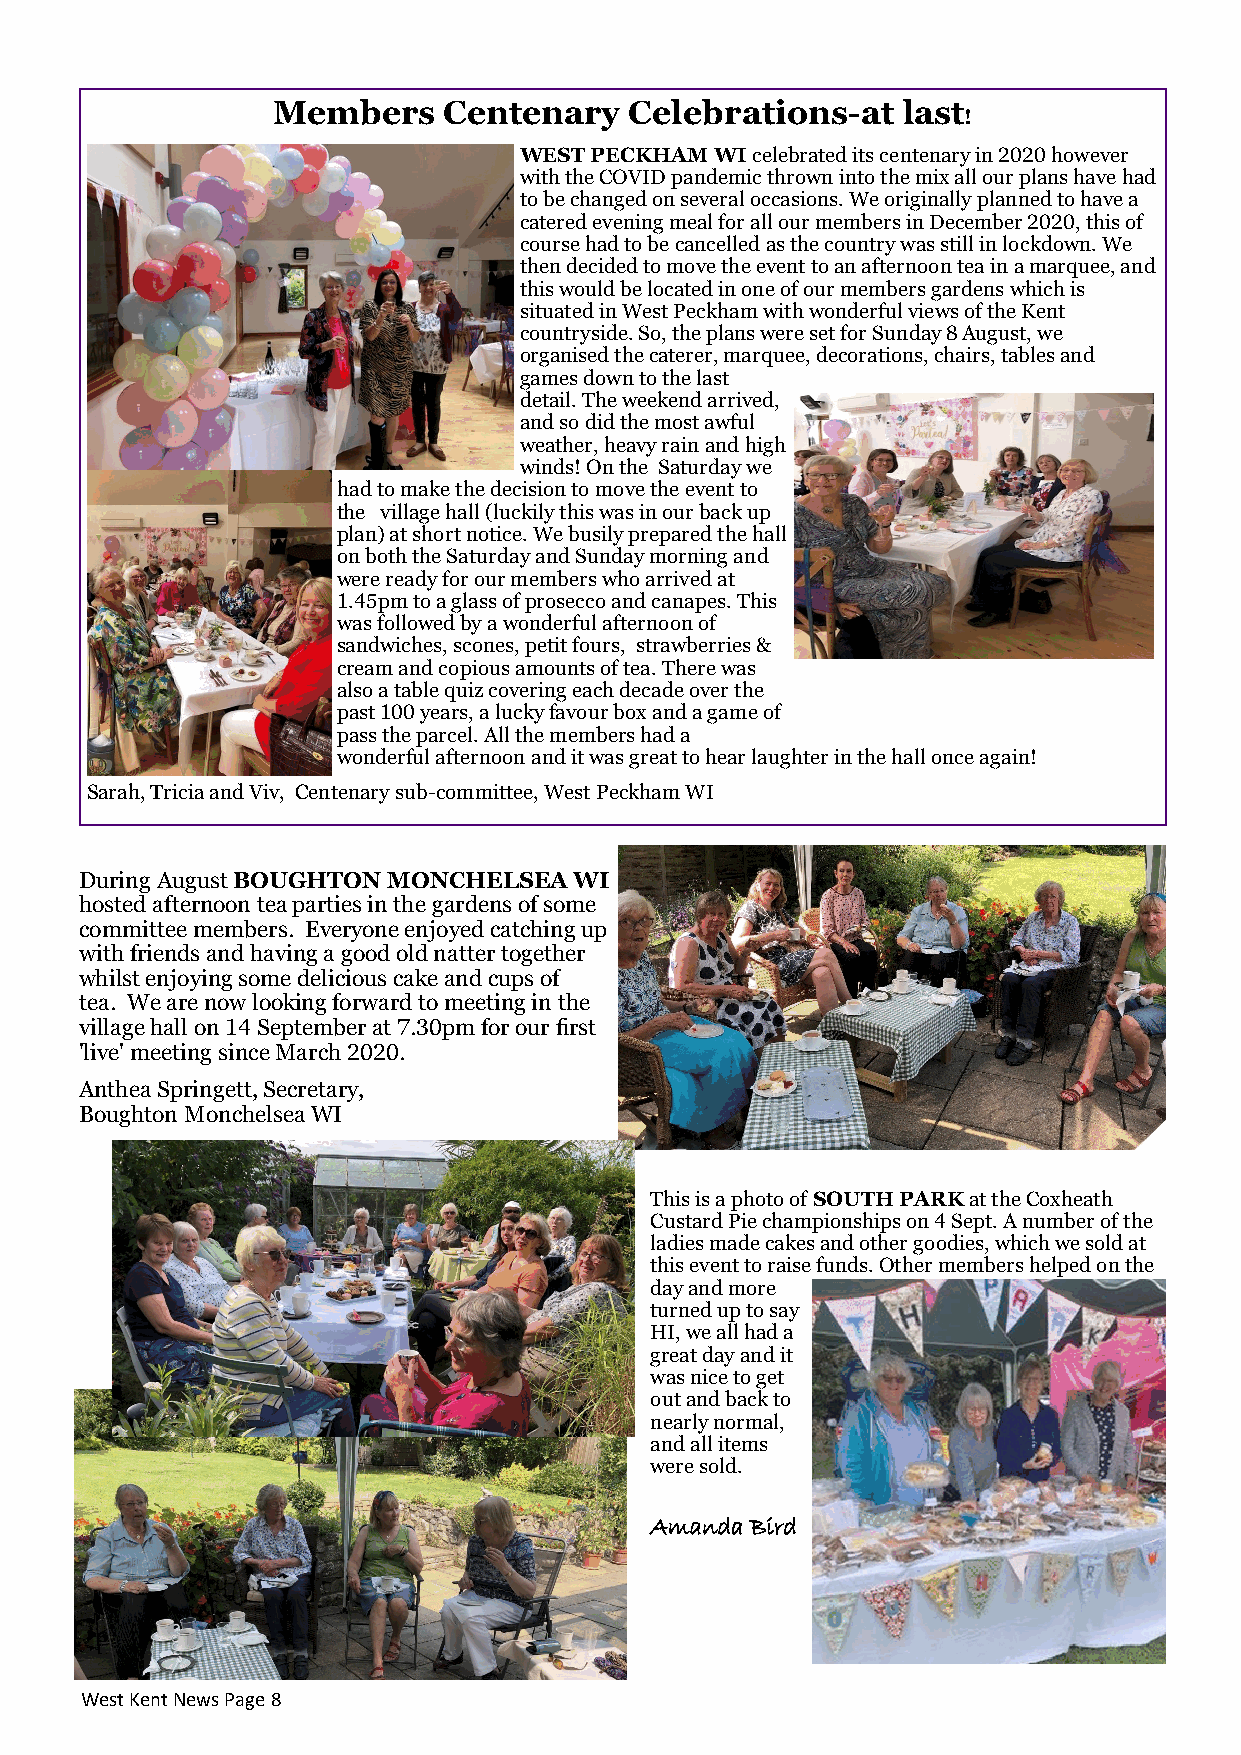
Members    Centenary    Celebrations-at   last
 !
 WEST PECKHAM WI celebrated its centenary in 2020 however
 with the COVID pandemic thrown into the mix all our plans have had
 to be changed on several occasions. We originally planned to have a
 catered evening meal for all our members in December 2020, this of
 course had to be cancelled as the country was still in lockdown. We
 then decided to move the event to an afternoon tea in a marquee, and
 this would be located in one of our members gardens which is
 situated in West Peckham with wonderful views of the Kent
 countryside. So, the plans were set for Sunday 8 August, we
 organised the caterer, marquee, decorations, chairs, tables and
 games down to the last
 detail. The weekend arrived,
 and so did the most awful
 weather, heavy rain and high
 winds! On the Saturday we
 had to make the decision to move the event to
 the village hall (luckily this was in our back up
 plan) at short notice. We busily prepared the hall
 on both the Saturday and Sunday morning and
 were ready for our members who arrived at
 1.45pm to a glass of prosecco and canapes. This
 was followed by a wonderful afternoon of
 sandwiches, scones, petit fours, strawberries &
 cream and copious amounts of tea. There was
 also a table quiz covering each decade over the
 past 100 years, a lucky favour box and a game of
 pass the parcel. All the members had a
 wonderful afternoon and it was great to hear laughter in the hall once again!
 Sarah, Tricia and Viv, Centenary sub-committee, West Peckham WI
 During August BOUGHTON MONCHELSEA WI
 hosted afternoon tea parties in the gardens of some
 committee members. Everyone enjoyed catching up
 with friends and having a good old natter together
 whilst enjoying some delicious cake and cups of
 tea. We are now looking forward to meeting in the
 village hall on 14 September at 7.30pm for our first
 'live' meeting since March 2020.
 Anthea Springett, Secretary,
 Boughton Monchelsea WI
 This is a photo of SOUTH PARK at the Coxheath
 Custard Pie championships on 4 Sept. A number of the
 ladies made cakes and other goodies, which we sold at
 this event to raise funds. Other members helped on the
 day and more
 turned up to say
 HI, we all had a
 great day and it
 was nice to get
 out and back to
 nearly normal,
 and all items
 were sold.
 Amanda Bird
 West Kent News Page 8